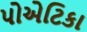
પોએટિકા